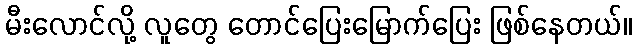
မီးလောင်လို့ လူတွေ တောင်ပြေးမြောက်ပြေး ဖြစ်နေတယ်။